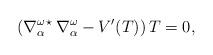
LaTeX: \begin{align*}(\nabla^{\omega\,\star}_\alpha\, \nabla^{\omega}_\alpha-V'(T))\,T=0,\end{align*}